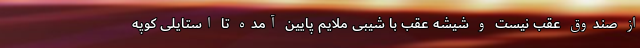
از صندوق عقب نیست و شیشه عقب با شیبی ملایم پایین آمده تا استایلی کوپه